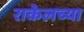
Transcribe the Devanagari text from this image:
राकेलच्या